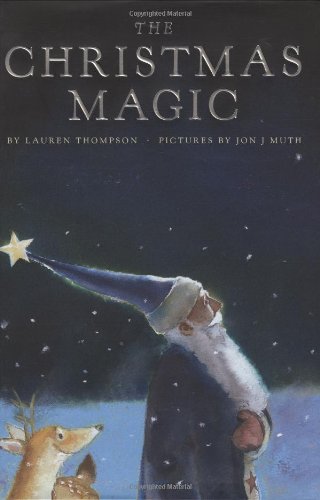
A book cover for The Christmas Magic; Lauren Thompson; Children's Books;